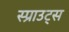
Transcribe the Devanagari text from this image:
स्प्राउट्स